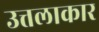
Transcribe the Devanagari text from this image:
उत्तलाकार